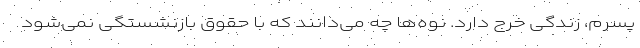
پسرم، زندگی خرج دارد. نوه‌ها چه می‌دانند که با حقوق بازنشستگی نمی‌شود